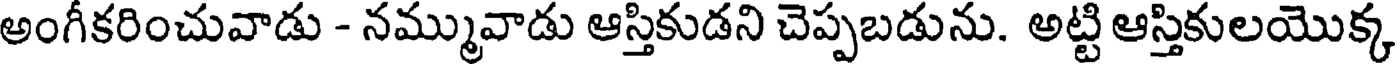
అంగీకరించువాడు - నమ్మువాడు ఆస్తికుడని చెప్పబడును. అట్టి ఆస్తికులయొక్క